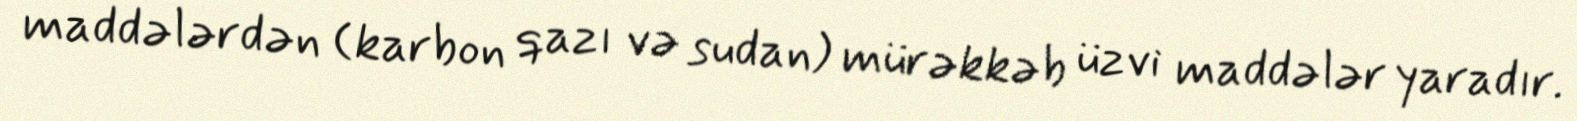
maddələrdən (karbon qazı və sudan) mürəkkəb üzvi maddələr yaradır.